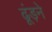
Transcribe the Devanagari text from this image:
ढूंड़ने